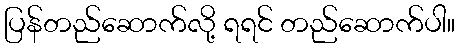
ပြန်တည်ဆောက်လို့ ရရင် တည်ဆောက်ပါ။